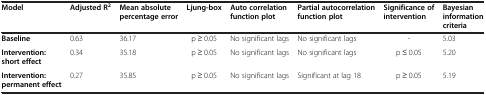
| Model | Adjusted R2 | Mean absolute percentage error | Ljung-box | Auto correlation function plot | Partial autocorrelation function plot | Significance of intervention | Bayesian information criteria |
 | --- | --- | --- | --- | --- | --- | --- | --- |
 | Baseline | 0.63 | 36.17 | p ≥ 0.05 | No significant lags | No significant lags | - | 5.03 |
 | Intervention: short effect | 0.34 | 35.18 | p ≥ 0.05 | No significant lags | No significant lags | p ≤ 0.05 | 5.20 |
 | Intervention: permanent effect | 0.27 | 35.85 | p ≥ 0.05 | No significant lags | Significant at lag 18 | p ≥ 0.05 | 5.19 |